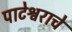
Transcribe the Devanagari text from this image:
पाटेश्वराचे